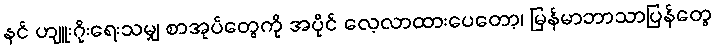
နင် ဟျူးဂိုးရေးသမျှ စာအုပ်တွေကို အပိုင် လေ့လာထားပေတော့၊ မြန်မာဘာသာပြန်တွေ